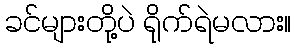
ခင်များတို့ပဲ ရိုက်ရဲမလား။